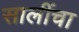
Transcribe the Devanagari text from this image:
सालींचा